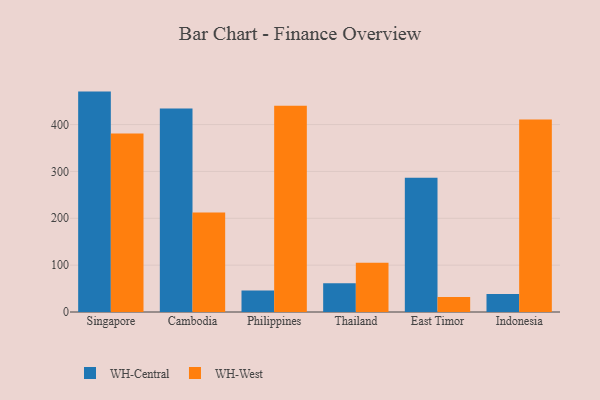
{"axis": {"x": "Country", "y": "Revenue (USD Million)"}, "legend": ["WH-Central", "WH-West"], "data": [{"x": "Singapore", "y": 470.4, "type": "WH-Central"}, {"x": "Singapore", "y": 381.0, "type": "WH-West"}, {"x": "Cambodia", "y": 434.3, "type": "WH-Central"}, {"x": "Cambodia", "y": 212.3, "type": "WH-West"}, {"x": "Philippines", "y": 45.8, "type": "WH-Central"}, {"x": "Philippines", "y": 440.3, "type": "WH-West"}, {"x": "Thailand", "y": 61.1, "type": "WH-Central"}, {"x": "Thailand", "y": 105.0, "type": "WH-West"}, {"x": "East Timor", "y": 286.5, "type": "WH-Central"}, {"x": "East Timor", "y": 31.8, "type": "WH-West"}, {"x": "Indonesia", "y": 38.6, "type": "WH-Central"}, {"x": "Indonesia", "y": 410.6, "type": "WH-West"}]}